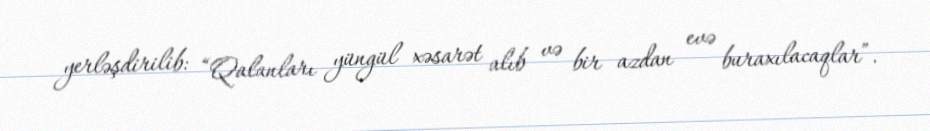
yerləşdirilib: “Qalanları yüngül xəsarət alıb və bir azdan evə buraxılacaqlar”.